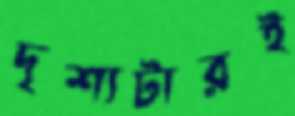
দৃশ্যটারই